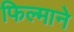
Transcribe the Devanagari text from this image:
फिल्‍माने